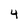
Character: 4